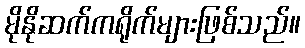
မိုနိုဆက်ကရိုက်များဖြစ်သည်။